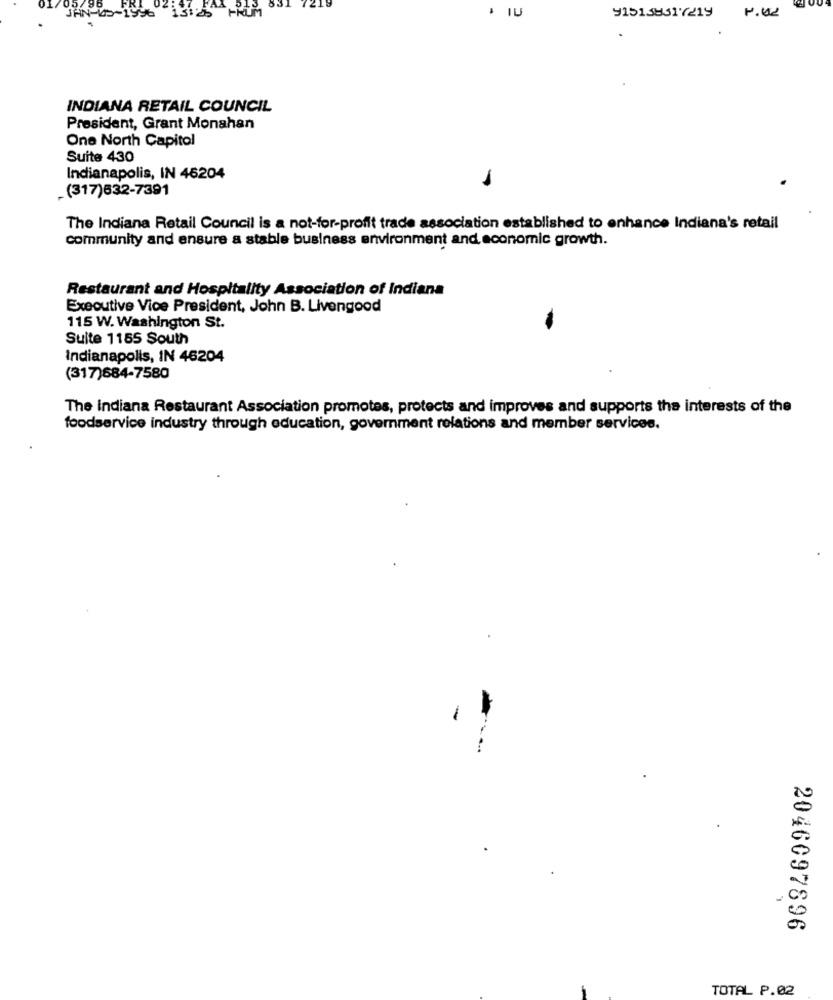
JAN-05-1996
915138317219
INDIANA RETAIL COUNCIL
President, Grant Monahan
One North Capitol
Suite 430
Indianapolis, IN 46204
-(317)632-7391
The Indiana Retail Council is a not-for-profit trade association established to enhance Indiana's retail
community and ensure a stable business environment and economic growth.
Restaurant and Hospitality Association of Indiana
Executive Vice President, John B. Livengood
115 W. Washington St.
Suite 1155 South
Indianapolis, IN 46204
(317)684-7580
The indiana Restaurant Association promotes, protects and improves and supports the interests of the
foodservice industry through education, government relations and member services.
-
2046097896
TOTAL P.02